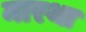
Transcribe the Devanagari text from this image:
मारथा